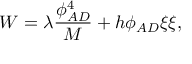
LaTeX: W = \lambda \frac { \phi _ { A D } ^ { 4 } } { M } + h \phi _ { A D } \xi \xi ,